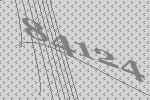
84124